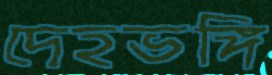
দেহভঙ্গি